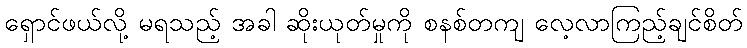
ရှောင်ဖယ်လို့ မရသည့် အခါ ဆိုးယုတ်မှုကို စနစ်တကျ လေ့လာကြည့်ချင်စိတ်